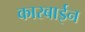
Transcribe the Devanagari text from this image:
कारबाईन